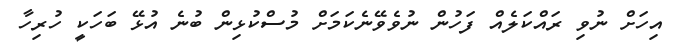
އިހަށް ނުވި ރައްކަލެއް ފަހުން ނުވެވޭނެކަމަށް މުސްކުޅިން ބުނެ އުޅޭ ބަހަކީ ހުރިހާ